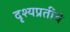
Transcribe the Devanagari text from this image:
दृश्यप्रतींचे